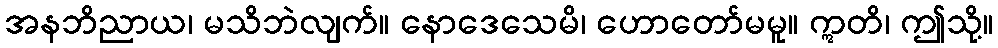
အနဘိညာယ၊ မသိဘဲလျက်။ နောဒေသေမိ၊ ဟောတော်မမူ။ ဣတိ၊ ဤသို့။